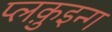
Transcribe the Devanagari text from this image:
प्लक़ुइन्ग